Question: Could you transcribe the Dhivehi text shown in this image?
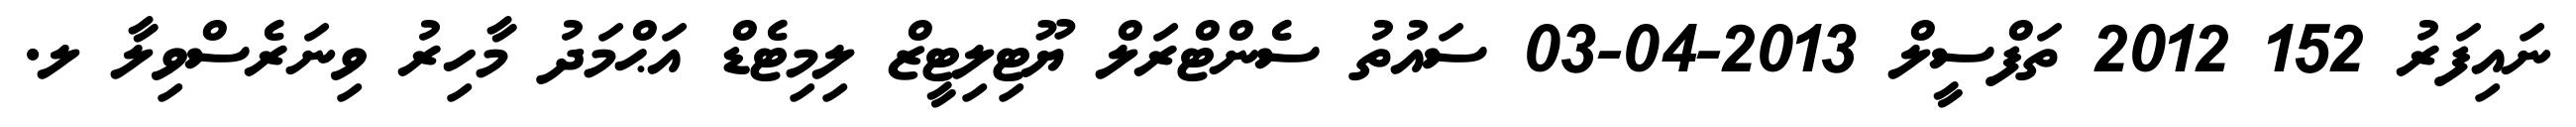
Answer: ނައިފަރު 152 2012 ތަފްސީލް 2013-04-03 ސައުތު ސެންޓްރަލް ޔޫޓިލިޓީޒް ލިމިޓެޑް އަޙްމަދު މާހިރު ވިނަރެސްވިލާ ލ.